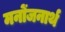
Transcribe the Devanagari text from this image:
मनोंजनार्थ